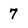
Character: 7